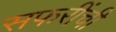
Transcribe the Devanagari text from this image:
सफरींची